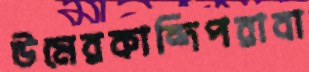
উমেরকান্দিপরাবা